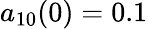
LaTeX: a_{10}(0)=0.1